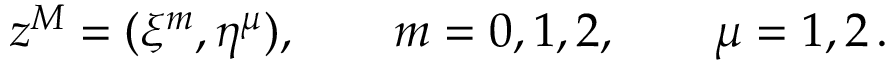
z ^ { M } = ( \xi ^ { m } , \eta ^ { \mu } ) , \qquad m = 0 , 1 , 2 , \qquad \mu = 1 , 2 \, .